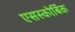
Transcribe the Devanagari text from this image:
एसस्कोर्बिक